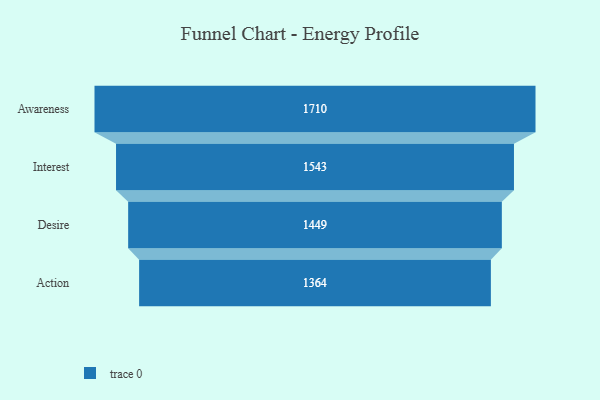
{"axis": {"x": "Stage", "y": "Value"}, "legend": [""], "data": [{"x": "Awareness", "y": 1710.0, "type": ""}, {"x": "Interest", "y": 1543.0, "type": ""}, {"x": "Desire", "y": 1449.0, "type": ""}, {"x": "Action", "y": 1364.0, "type": ""}]}